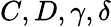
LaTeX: C,D,\gamma,\delta